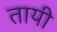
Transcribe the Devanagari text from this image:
तायी